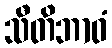
သီတိဘာဝံ